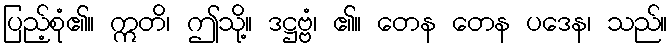
ပြည့်စုံ၏။ ဣတိ၊ ဤသို့။ ဒဋ္ဌဗ္ဗံ၊ ၏။ တေန တေန ပဒေန၊ သည်။